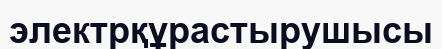
электрқұрастырушысы